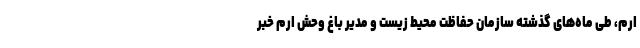
ارم، طی ماه‌های گذشته سازمان حفاظت محیط زیست و مدیر باغ وحش ارم خبر